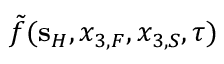
\tilde { f } ( { \bf s } _ { H } , x _ { 3 , F } , x _ { 3 , S } , \tau )